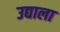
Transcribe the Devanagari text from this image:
उद्याला